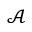
\mathcal { A }